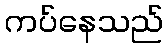
ကပ်နေသည်